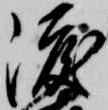
渡